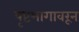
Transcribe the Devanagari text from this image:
पृष्टभागावरून